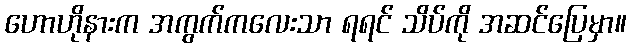
ဟောဟိုနားက အကွက်ကလေးသာ ရရင် သိပ်ကို အဆင်ပြေမှာ။